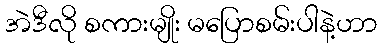
အဲဒီလို စကားမျိုး မပြောစမ်းပါနဲ့ဟာ